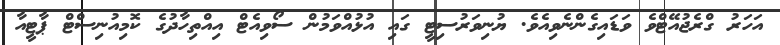
އަހަރު ގްރެޖުއޭޓްވެ ވަޑައިގެންނެވިއެވެ. ޔުނިވަރުސިޓީ ގައި އުޅުއްވަމުން ސޯވިއެޓް އިއްތިހާދުގެ ކޮމިއުނިސްޓް ޕާޓީއާ